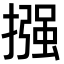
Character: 摾